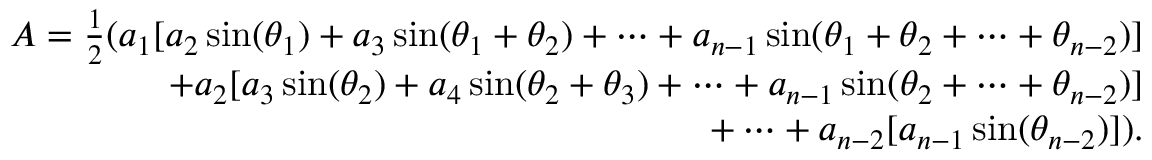
{ \begin{array} { r } { A = { \frac { 1 } { 2 } } ( a _ { 1 } [ a _ { 2 } \sin ( \theta _ { 1 } ) + a _ { 3 } \sin ( \theta _ { 1 } + \theta _ { 2 } ) + \cdots + a _ { n - 1 } \sin ( \theta _ { 1 } + \theta _ { 2 } + \cdots + \theta _ { n - 2 } ) ] } \\ { + a _ { 2 } [ a _ { 3 } \sin ( \theta _ { 2 } ) + a _ { 4 } \sin ( \theta _ { 2 } + \theta _ { 3 } ) + \cdots + a _ { n - 1 } \sin ( \theta _ { 2 } + \cdots + \theta _ { n - 2 } ) ] } \\ { + \cdots + a _ { n - 2 } [ a _ { n - 1 } \sin ( \theta _ { n - 2 } ) ] ) . } \end{array} }